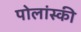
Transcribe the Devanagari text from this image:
पोलांस्की